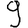
Digit: 9